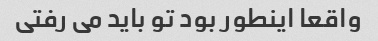
واقعا اینطور بود تو باید می رفتی